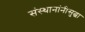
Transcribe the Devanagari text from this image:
संस्थानांनीसुद्धा